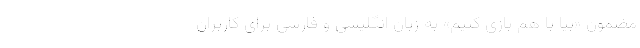
مضمون «بیا با هم بازی کنیم» به زبان انگلیسی و فارسی برای کاربران